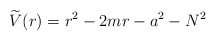
\begin{align*}\widetilde{V}(r)=r^{2}-2mr-a^{2}-N^{2} \end{align*}